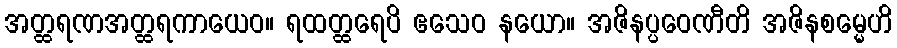
အတ္ထရဏအတ္ထရကာယေဝ။ ရထတ္ထရေပိ ဧသေဝ နယော။ အဇိနပ္ပဝေဏီတိ အဇိနစမ္မေဟိ